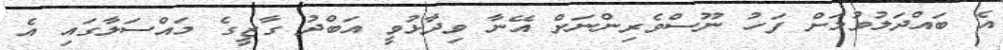
އެ ބައްދަލުވުމަށް ފަހު ނޫސްވެރިންނަށް އޭނާ ވިދާޅުވީ އަބްދު ގާޒީގެ މައްސަލާގައި އެ